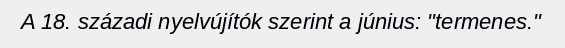
A 18. századi nyelvújítók szerint a június: "termenes."